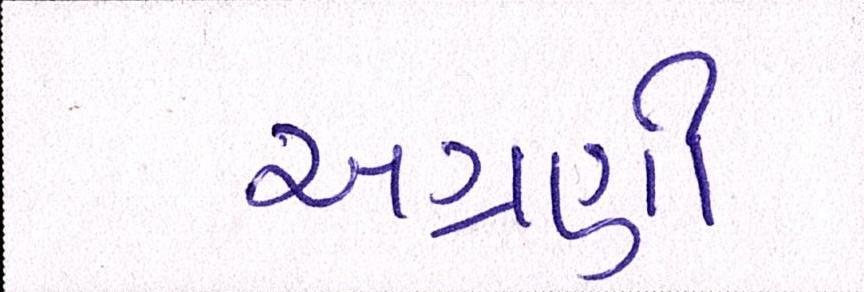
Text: અગ્રણી